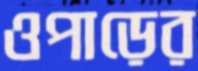
ওপাড়ের